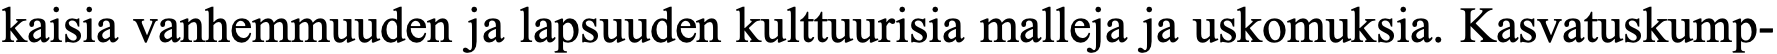
kaisia vanhemmuuden ja lapsuuden kulttuurisia malleja ja uskomuksia. Kasvatuskump-